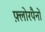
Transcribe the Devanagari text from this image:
फ़्लोरपैनों